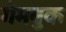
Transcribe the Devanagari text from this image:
गेमबुक